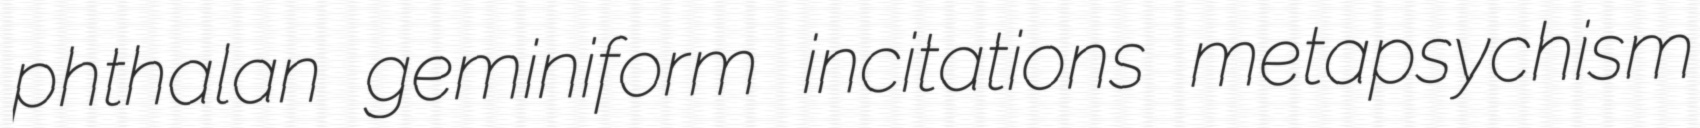
phthalan geminiform incitations metapsychism